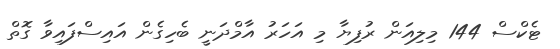
ޓެކްސް 144 މިލިއަން ރުފިޔާ މި އަހަރު އާމްދަނީ ބެހިގެން އައިސްފައިވާ ގޮތް